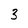
Character: 3